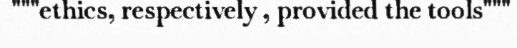
"""ethics, respectively , provided the tools"""